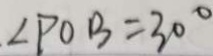
\cdot \angle P O B = 3 0 ^ { \circ }